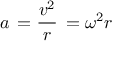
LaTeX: a \, = { \frac { v ^ { 2 } } { r } } \, = { \omega ^ { 2 } } { r }